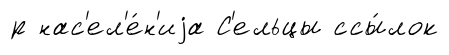
р нас'ел'е́н'иjа С'ельцы ссы́лок